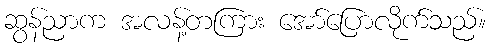
ဆွန်ညာက အလန့်တကြား အော်ပြောလိုက်သည်။